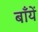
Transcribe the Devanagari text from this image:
बाँयें